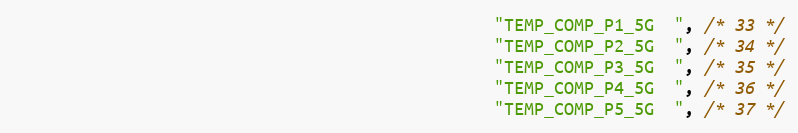
Language: C
												"TEMP_COMP_P1_5G  ", /* 33 */
												"TEMP_COMP_P2_5G  ", /* 34 */
												"TEMP_COMP_P3_5G  ", /* 35 */
												"TEMP_COMP_P4_5G  ", /* 36 */
												"TEMP_COMP_P5_5G  ", /* 37 */